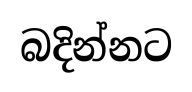
බදින්නට